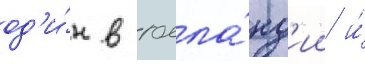
од'и́н в голла́нд'ии и́